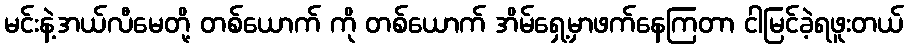
မင်းနဲ့အယ်လီမေတို့ တစ်ယောက် ကို တစ်ယောက် အိမ်ရှေ့မှာဖက်နေကြတာ ငါမြင်ခဲ့ရဖူးတယ်